Annual returns of the Patna Lunatic Asylum at Bankipore in Bihar and Orissa - 1912-1924
Year: 1912
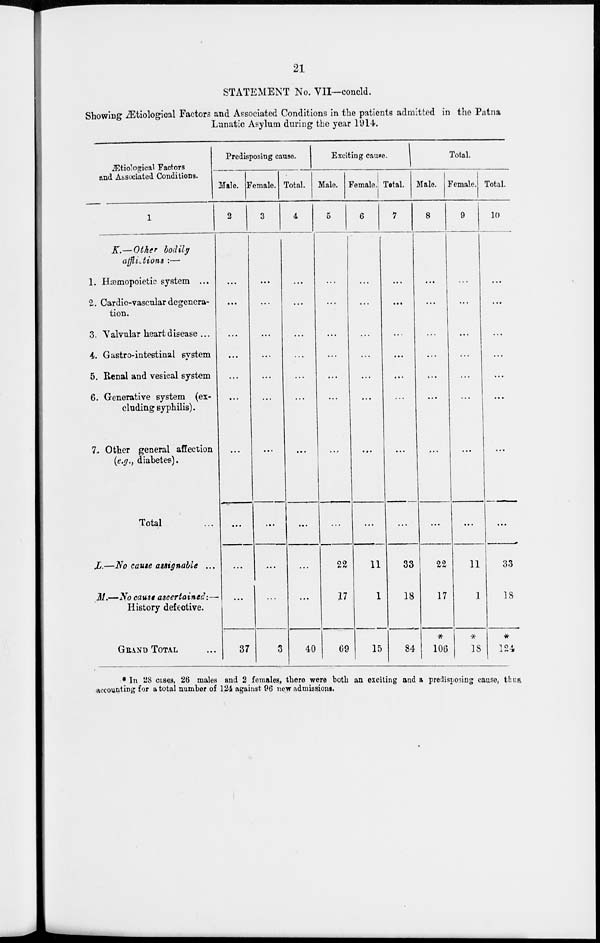
21
STATEMENT No. VII—concld.
Showing Ætiological Factors and Associated Conditions in the patients admitted in the Patna
Lunatic Asylum during the year 1914.
Ætiological Factors
and Associated Conditions.
1
K.— Other bodily
afflictions :—
1. Hæmopoietic system ...
2. Cardio-vascular degenera-
tion.
3. Valvular heart disease ...
4. Gastro-intestinal system
5. Renal and vesical system
6. Generative system (ex-
cluding syphilis).
7. Other general affection
(e.g., diabetes).
Total
L.—No cause assignable ...
M.— No cause ascertained:—
History defective.
GRAND TOTAL ...
Predisposing cause.
Male.
2
...
...
...
...
...
...
...
...
...
...
37
Female.
3
...
...
...
...
...
...
...
...
...
...
3
Total.
4
...
...
...
...
...
...
...
...
...
...
40
Exciting cause.
Male.
5
...
...
...
...
...
...
...
...
22
17
69
Female.
6
...
...
...
...
...
...
...
...
11
1
15
Tatal.
7
...
...
...
...
...
...
...
...
33
18
84
Total.
Male.
8
...
...
...
...
...
...
...
...
22
17
106
Female.
9
...
...
...
...
...
...
...
...
11
1
18
Total.
10
...
...
...
...
...
...
...
...
33
18
124
* In 28 cases, 26 males and 2 females, there were both an exciting and a predisposing cause, thus.
accounting for a total number of 124 against 96 new admissions.